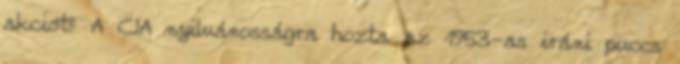
akciót? A CIA nyilvánosságra hozta az 1953-as iráni puccs